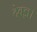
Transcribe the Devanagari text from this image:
देवज्ञ।